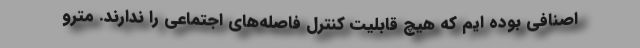
اصنافی بوده ایم که هیچ قابلیت کنترل فاصله‌های اجتماعی را ندارند. مترو